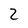
Character: 2